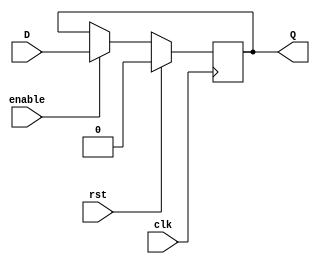
module NegEdgeDFF
(
input clk, rst, D, enable,
output reg Q
);
	always @ (negedge clk)
	begin
		if(rst)
			Q <= 'b0;
		else if (enable)
			Q <= D;
	end
endmodule